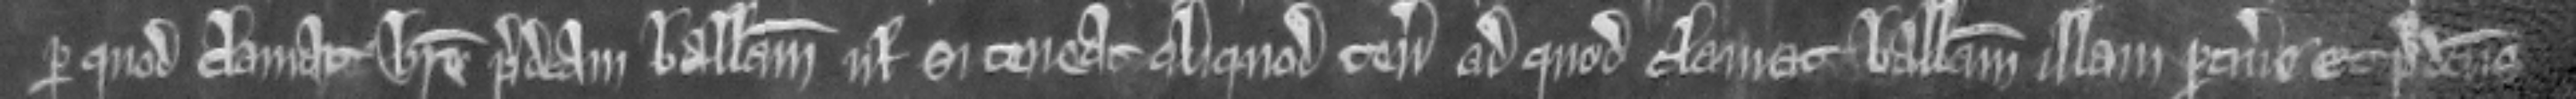
per quod clamat habere predictam balivam vel si tenet aliquod tenementum ad quod clamat balliam illam pertinere Et predictus